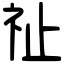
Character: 祉